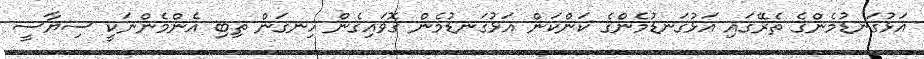
އަޅުގަނޑުމެންގެ ތެރޭގައި އަޅުގަނޑުމެންގެ ކަންކަން އަޅުގަނޑުމެން ގޮވައިގެން ހިނގަން ތިބި އެންމެންނަކީ ސިޔާސީ